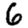
Digit: 6